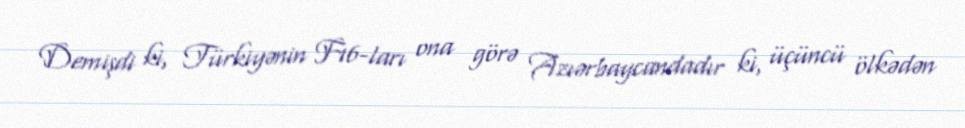
Demişdi ki, Türkiyənin F16-ları ona görə Azıərbaycandadır ki, üçüncü ölkədən